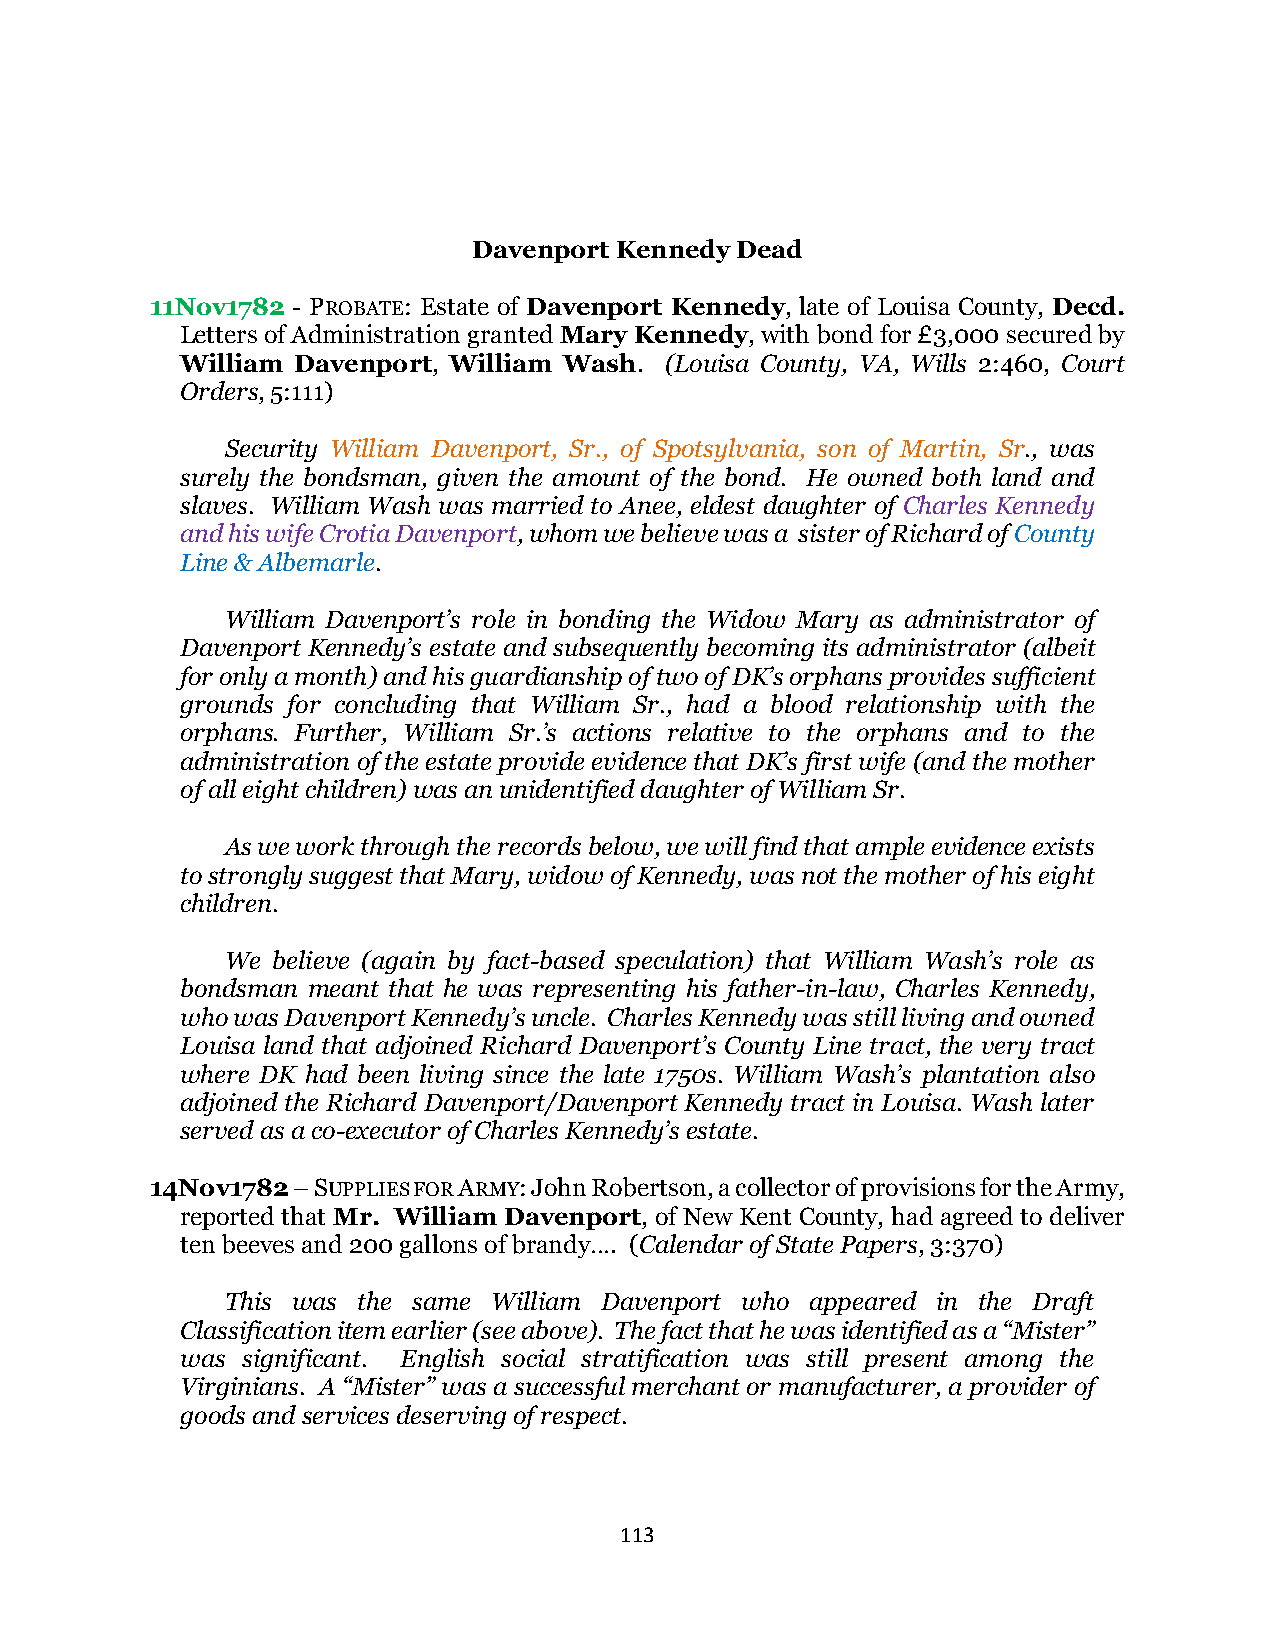
Davenport Kennedy Dead
 11Nov1782 - PROBATE: Estate of Davenport Kennedy, late of Louisa County, Decd.
 Letters of Administration granted Mary Kennedy, with bond for £3,000 secured by
 William Davenport, William Wash. (Louisa County, VA, Wills 2:460, Court
 Orders, 5:111)
 Security William Davenport, Sr., of Spotsylvania, son of Martin, Sr., was
 surely the bondsman, given the amount of the bond. He owned both land and
 slaves. William Wash was married to Anee, eldest daughter of Charles Kennedy
 and his wife Crotia Davenport, whom we believe was a sister of Richard of County
 Line & Albemarle.
 William Davenport’s role in bonding the Widow Mary as administrator of
 Davenport Kennedy’s estate and subsequently becoming its administrator (albeit
 for only a month) and his guardianship of two of DK’s orphans provides sufficient
 grounds for concluding that William Sr., had a blood relationship with the
 orphans. Further, William Sr.’s actions relative to the orphans and to the
 administration of the estate provide evidence that DK’s first wife (and the mother
 of all eight children) was an unidentified daughter of William Sr.
 As we work through the records below, we will find that ample evidence exists
 to strongly suggest that Mary, widow of Kennedy, was not the mother of his eight
 children.
 We believe (again by fact-based speculation) that William Wash’s role as
 bondsman meant that he was representing his father-in-law, Charles Kennedy,
 who was Davenport Kennedy’s uncle. Charles Kennedy was still living and owned
 Louisa land that adjoined Richard Davenport’s County Line tract, the very tract
 where DK had been living since the late 1750s. William Wash’s plantation also
 adjoined the Richard Davenport/Davenport Kennedy tract in Louisa. Wash later
 served as a co-executor of Charles Kennedy’s estate.
 14Nov1782 – SUPPLIES FOR ARMY: John Robertson, a collector of provisions for the Army,
 reported that Mr. William Davenport, of New Kent County, had agreed to deliver
 ten beeves and 200 gallons of brandy…. (Calendar of State Papers, 3:370)
 This was the same William Davenport who appeared in the Draft
 Classification item earlier (see above). The fact that he was identified as a “Mister”
 was significant. English social stratification was still present among the
 Virginians. A “Mister” was a successful merchant or manufacturer, a provider of
 goods and services deserving of respect.
 113